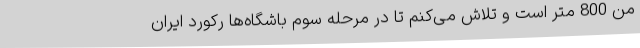
من 800 متر است و تلاش می‌کنم تا در مرحله سوم باشگاه‌ها رکورد ایران